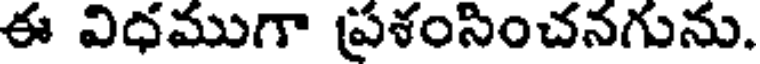
ఈ విధముగా ప్రశంసించనగును.